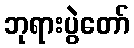
ဘုရားပွဲတော်